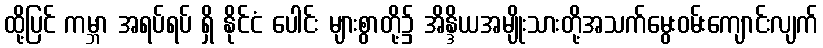
ထို့ပြင် ကမ္ဘာ အရပ်ရပ် ရှိ နိုင်ငံ ပေါင်း များစွာတို့၌ အိန္ဒိယအမျိုးသားတို့အသက်မွေးဝမ်းကျောင်းလျက်